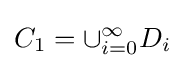
C_{1}=\cup _{i=0}^{\infty }D_{i}